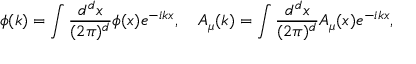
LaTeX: \phi ( k ) = \int \frac { d ^ { d } x } { ( 2 \pi ) ^ { d } } \phi ( x ) e ^ { - i k x } , \quad A _ { \mu } ( k ) = \int \frac { d ^ { d } x } { ( 2 \pi ) ^ { d } } A _ { \mu } ( x ) e ^ { - i k x } ,